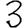
Digit: 3